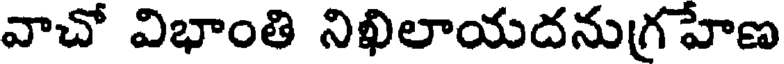
వాచో విభాంతి నిఖిలాయదనుగ్రహేణ